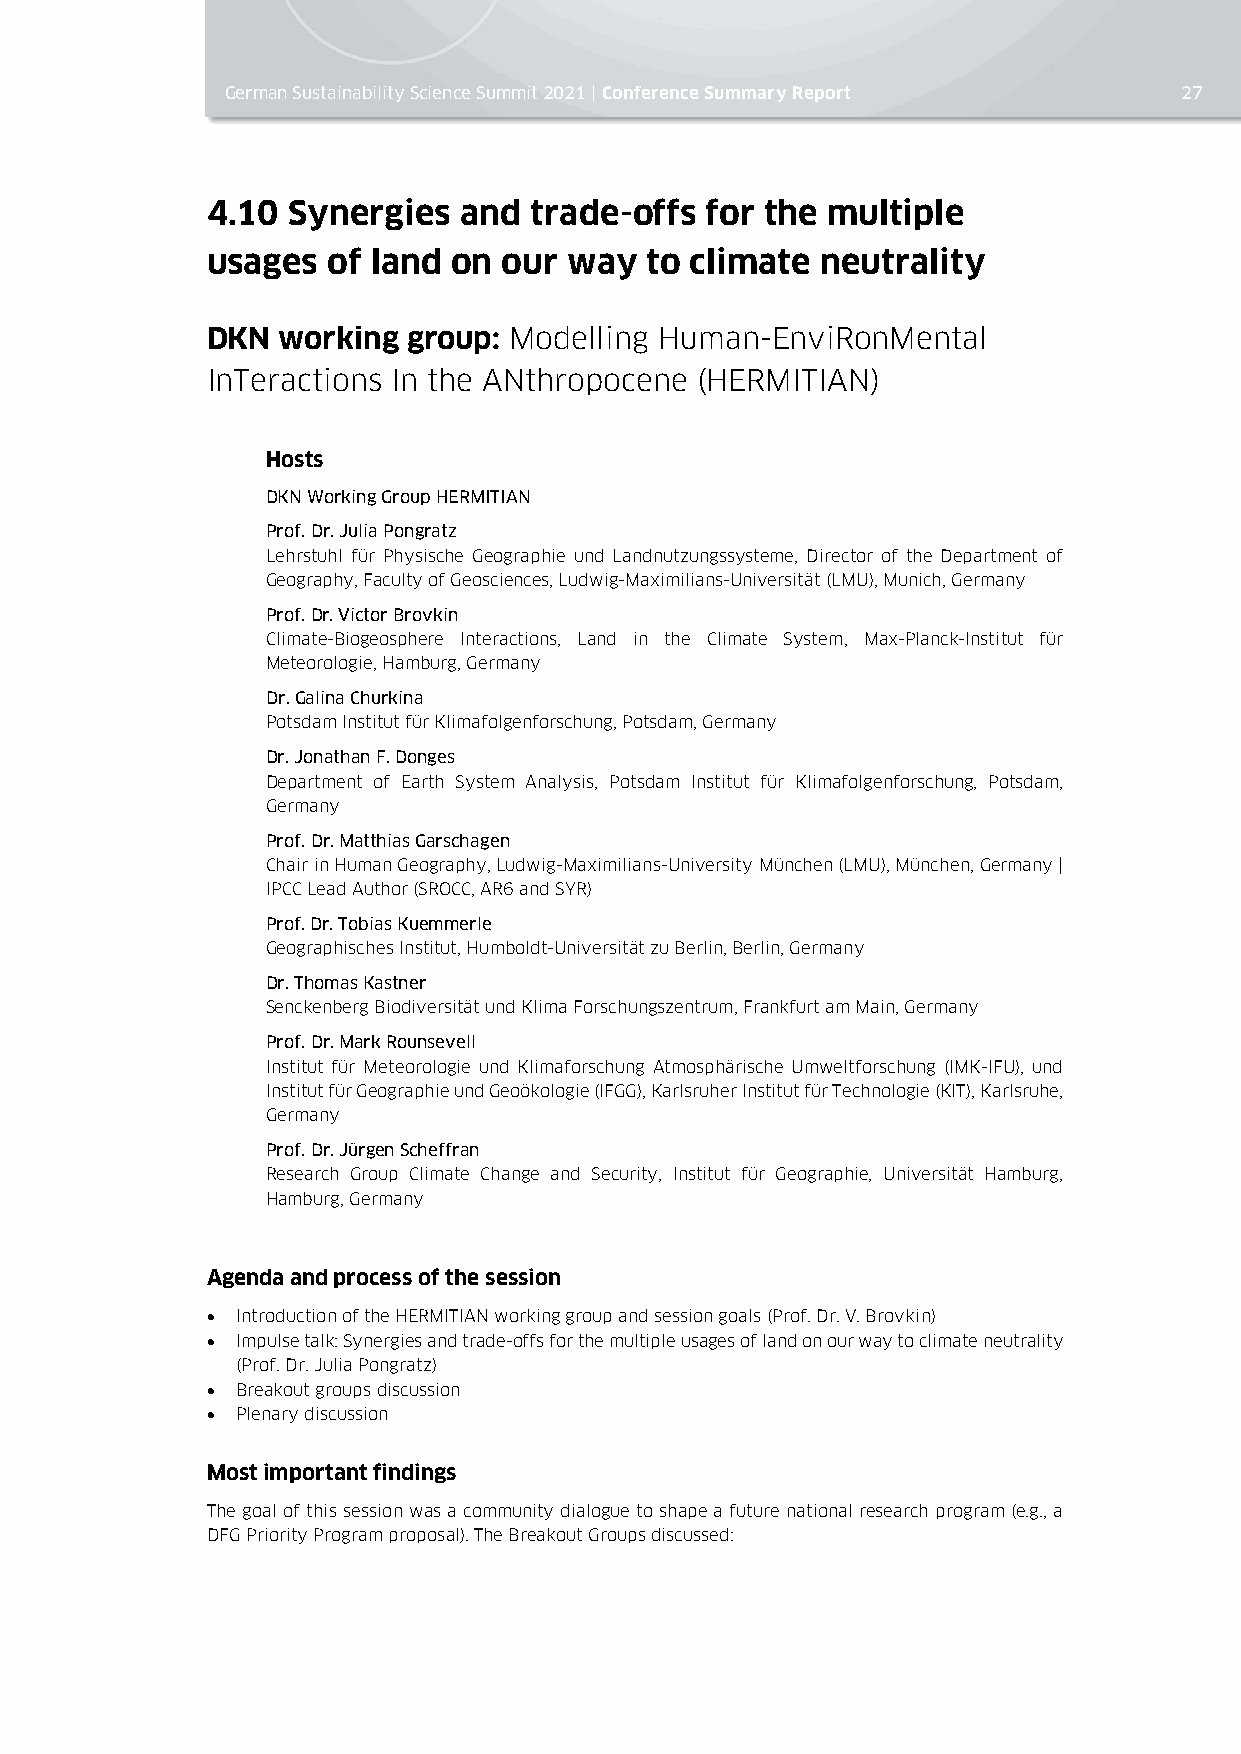
German Sustainability Science Summit 2021 | Conference Summary Report 27
 4.10 Synergies   and trade-offs  for the multiple
 usages  of land on our  way  to climate neutrality
 DKN working  group: Modelling Human-EnviRonMental
 InTeractions In the ANthropocene (HERMITIAN)
 Hosts
 DKN Working Group HERMITIAN
 Prof. Dr. Julia Pongratz
 Lehrstuhl für Physische Geographie und Landnutzungssysteme, Director of the Department of
 Geography, Faculty of Geosciences, Ludwig-Maximilians-Universität (LMU), Munich, Germany
 Prof. Dr. Victor Brovkin
 Climate-Biogeosphere Interactions, Land in the Climate System, Max-Planck-Institut für
 Meteorologie, Hamburg, Germany
 Dr. Galina Churkina
 Potsdam Institut für Klimafolgenforschung, Potsdam, Germany
 Dr. Jonathan F. Donges
 Department of Earth System Analysis, Potsdam Institut für Klimafolgenforschung, Potsdam,
 Germany
 Prof. Dr. Matthias Garschagen
 Chair in Human Geography, Ludwig-Maximilians-University München (LMU), München, Germany |
 IPCC Lead Author (SROCC, AR6 and SYR)
 Prof. Dr. Tobias Kuemmerle
 Geographisches Institut, Humboldt-Universität zu Berlin, Berlin, Germany
 Dr. Thomas Kastner
 Senckenberg Biodiversität und Klima Forschungszentrum, Frankfurt am Main, Germany
 Prof. Dr. Mark Rounsevell
 Institut für Meteorologie und Klimaforschung Atmosphärische Umweltforschung (IMK-IFU), und
 Institut für Geographie und Geoökologie (IFGG), Karlsruher Institut für Technologie (KIT), Karlsruhe,
 Germany
 Prof. Dr. Jürgen Scheffran
 Research Group Climate Change and Security, Institut für Geographie, Universität Hamburg,
 Hamburg, Germany
 Agenda and process of the session
 • Introduction of the HERMITIAN working group and session goals (Prof. Dr. V. Brovkin)
 • Impulse talk: Synergies and trade-offs for the multiple usages of land on our way to climate neutrality
 (Prof. Dr. Julia Pongratz)
 • Breakout groups discussion
 • Plenary discussion
 Most important findings
 The goal of this session was a community dialogue to shape a future national research program (e.g., a
 DFG Priority Program proposal). The Breakout Groups discussed: